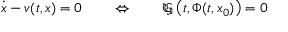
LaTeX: { \dot { \boldsymbol { x } } } - { \boldsymbol { v } } ( t , { \boldsymbol { x } } ) = 0 \qquad \Leftrightarrow \qquad { \mathfrak { G } } \left( t , \Phi ( t , { \boldsymbol { x } } _ { 0 } ) \right) = 0